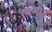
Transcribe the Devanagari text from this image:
तानाह